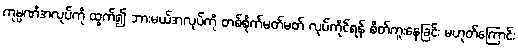
ကုမ္ပဏီအလုပ်ကို ထွက်၍ ဘားမယ်အလုပ်ကို တစ်စိုက်မတ်မတ် လုပ်ကိုင်ရန် စိတ်ကူးနေခြင်း မဟုတ်ကြောင်း